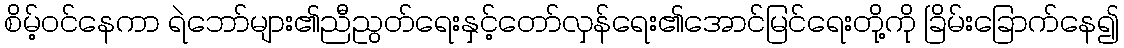
စိမ့်ဝင်နေကာ ရဲဘော်များ၏ညီညွတ်ရေးနှင့်တော်လှန်ရေး၏အောင်မြင်ရေးတို့ကို ခြိမ်းခြောက်နေ၍